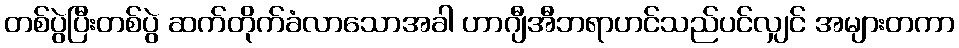
တစ်ပွဲပြီးတစ်ပွဲ ဆက်တိုက်ခံလာသောအခါ ဟာဂျီအီဘရာဟင်သည်ပင်လျှင် အများတကာ